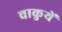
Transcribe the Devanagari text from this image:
चाकुयें